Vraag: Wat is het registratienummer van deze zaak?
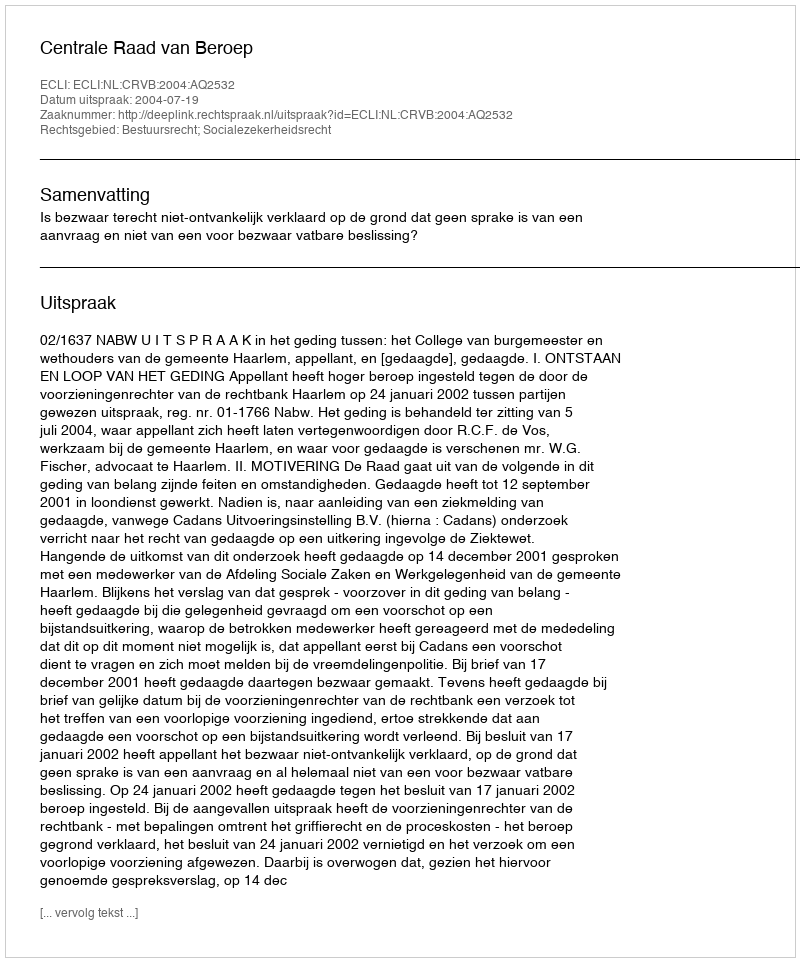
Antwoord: http://deeplink.rechtspraak.nl/uitspraak?id=ECLI:NL:CRVB:2004:AQ2532